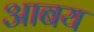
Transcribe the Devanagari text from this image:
आबय